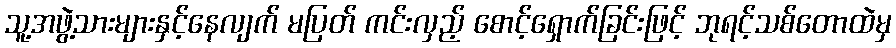
သူ့အဖွဲ့သားများနှင့်နေလျက် မပြတ် ကင်းလှည့် စောင့်ရှောက်ခြင်းဖြင့် ဘုရင့်သစ်တောထဲမှ